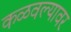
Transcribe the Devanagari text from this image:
कळवल्यावर